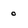
Character: 0